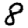
Digit: 8